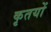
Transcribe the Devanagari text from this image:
कृतयों